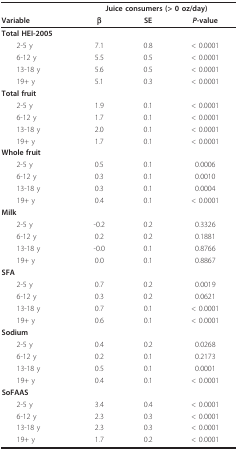
<table><thead><tr><td></td><td colspan="3"><b>Juice consumers (&gt; 0 oz/day)</b></td></tr><tr><td><b>Variable</b></td><td><b>β</b></td><td><b>SE</b></td><td><b><i>P</i>-value</b></td></tr></thead><tbody><tr><td><b>Total HEI-2005</b></td><td></td><td></td><td></td></tr><tr><td> 2-5 y</td><td>7.1</td><td>0.8</td><td>&lt; 0.0001</td></tr><tr><td> 6-12 y</td><td>5.5</td><td>0.5</td><td>&lt; 0.0001</td></tr><tr><td> 13-18 y</td><td>5.6</td><td>0.5</td><td>&lt; 0.0001</td></tr><tr><td> 19+ y</td><td>5.1</td><td>0.3</td><td>&lt; 0.0001</td></tr><tr><td><b>Total fruit</b></td><td></td><td></td><td></td></tr><tr><td> 2-5 y</td><td>1.9</td><td>0.1</td><td>&lt; 0.0001</td></tr><tr><td> 6-12 y</td><td>1.7</td><td>0.1</td><td>&lt; 0.0001</td></tr><tr><td> 13-18 y</td><td>2.0</td><td>0.1</td><td>&lt; 0.0001</td></tr><tr><td> 19+ y</td><td>1.7</td><td>0.1</td><td>&lt; 0.0001</td></tr><tr><td><b>Whole fruit</b></td><td></td><td></td><td></td></tr><tr><td> 2-5 y</td><td>0.5</td><td>0.1</td><td>0.0006</td></tr><tr><td> 6-12 y</td><td>0.3</td><td>0.1</td><td>0.0010</td></tr><tr><td> 13-18 y</td><td>0.3</td><td>0.1</td><td>0.0004</td></tr><tr><td> 19+ y</td><td>0.4</td><td>0.1</td><td>&lt; 0.0001</td></tr><tr><td><b>Milk</b></td><td></td><td></td><td></td></tr><tr><td> 2-5 y</td><td>-0.2</td><td>0.2</td><td>0.3326</td></tr><tr><td> 6-12 y</td><td>0.2</td><td>0.2</td><td>0.1881</td></tr><tr><td> 13-18 y</td><td>-0.0</td><td>0.1</td><td>0.8766</td></tr><tr><td> 19+ y</td><td>0.0</td><td>0.1</td><td>0.8867</td></tr><tr><td><b>SFA</b></td><td></td><td></td><td></td></tr><tr><td> 2-5 y</td><td>0.7</td><td>0.2</td><td>0.0019</td></tr><tr><td> 6-12 y</td><td>0.3</td><td>0.2</td><td>0.0621</td></tr><tr><td> 13-18 y</td><td>0.7</td><td>0.1</td><td>&lt; 0.0001</td></tr><tr><td> 19+ y</td><td>0.6</td><td>0.1</td><td>&lt; 0.0001</td></tr><tr><td><b>Sodium</b></td><td></td><td></td><td></td></tr><tr><td> 2-5 y</td><td>0.4</td><td>0.2</td><td>0.0268</td></tr><tr><td> 6-12 y</td><td>0.2</td><td>0.1</td><td>0.2173</td></tr><tr><td> 13-18 y</td><td>0.5</td><td>0.1</td><td>0.0001</td></tr><tr><td> 19+ y</td><td>0.4</td><td>0.1</td><td>&lt; 0.0001</td></tr><tr><td><b>SoFAAS</b></td><td></td><td></td><td></td></tr><tr><td> 2-5 y</td><td>3.4</td><td>0.4</td><td>&lt; 0.0001</td></tr><tr><td> 6-12 y</td><td>2.3</td><td>0.3</td><td>&lt; 0.0001</td></tr><tr><td> 13-18 y</td><td>2.3</td><td>0.3</td><td>&lt; 0.0001</td></tr><tr><td> 19+ y</td><td>1.7</td><td>0.2</td><td>&lt; 0.0001</td></tr></tbody></table>